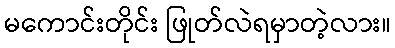
မကောင်းတိုင်း ဖြုတ်လဲရမှာတဲ့လား။